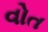
વોત